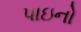
પાઇનો